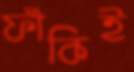
ফাঁকিই